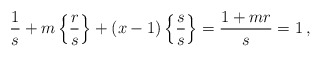
\begin{align*}\frac{1}{s}+m\left\{\frac{r}{s} \right\}+(x-1)\left\{\frac{s}{s}\right\} = \frac{1+mr}{s}=1 \, ,\end{align*}